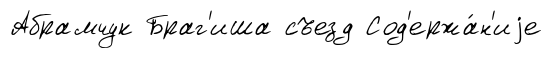
Абрамчук Браг'иша съезд Сод'ержа́н'иjе